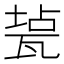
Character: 㼭